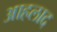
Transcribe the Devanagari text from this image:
आहलाद